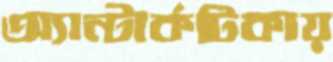
অ্যান্টার্কটিকায়